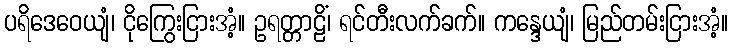
ပရိဒေဝေယျံ၊ ငိုကြွေးငြားအံ့။ ဥရတ္တာဠိံ၊ ရင်တီးလက်ခက်။ ကန္ဒေယျံ၊ မြည်တမ်းငြားအံ့။